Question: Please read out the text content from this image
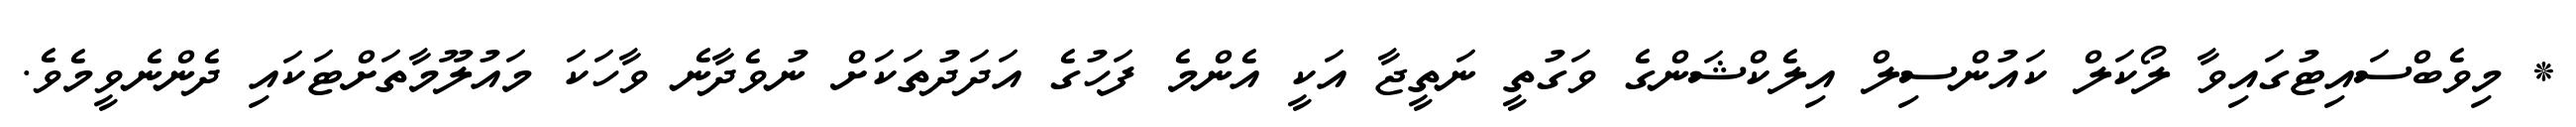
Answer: * މިވެބްސައިޓުގައިވާ ލޯކަލް ކައުންސިލް އިލެކްޝަންގެ ވަގުތީ ނަތީޖާ އަކީ އެންމެ ފަހުގެ އަދަދުތަކަށް ނުވެދާނެ ވާހަކަ މައުލޫމާތަށްޓަކައި ދެންނެވީމެވެ.